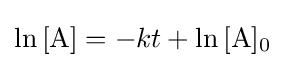
\ln {[{\ce {A}}]}=-kt+\ln {[{\ce {A}}]_{0}}